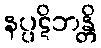
နပ္ပဋိဘန္တိ